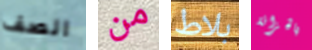
الصف من بلاط بالخزانة